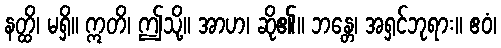
နတ္ထိ၊ မရှိ။ ဣတိ၊ ဤသို့။ အာဟ၊ ဆို၏။ ဘန္တေ၊ အရှင်ဘုရား။ ဧဝံ၊